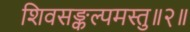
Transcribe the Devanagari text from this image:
शिवसङ्कल्पमस्तु॥२॥